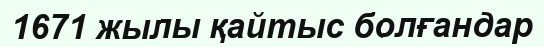
1671 жылы қайтыс болғандар